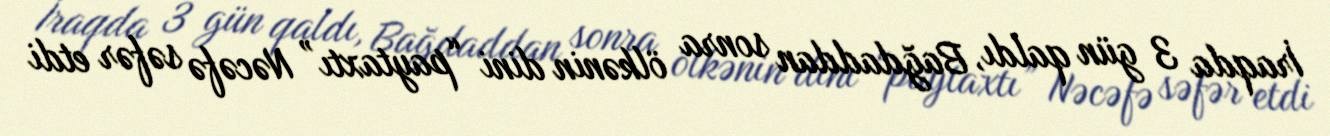
İraqda 3 gün qaldı, Bağdaddan sonra ölkənin dini “paytaxtı” Nəcəfə səfər etdi